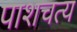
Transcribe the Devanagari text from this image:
पाशचत्य